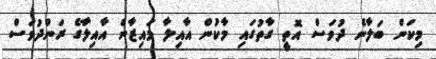
މިކަން ބަލާނެ ދުވަސް އޮތީ ގާތުގައި މާކުން އާއިލާ މައިޒާން އާއިލާގެ ރަންދުވަސް